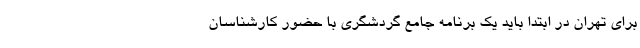
برای تهران در ابتدا باید یک برنامه جامع گردشگری با حضور کارشناسان